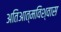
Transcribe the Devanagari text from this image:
अतिआत्मविश्वास